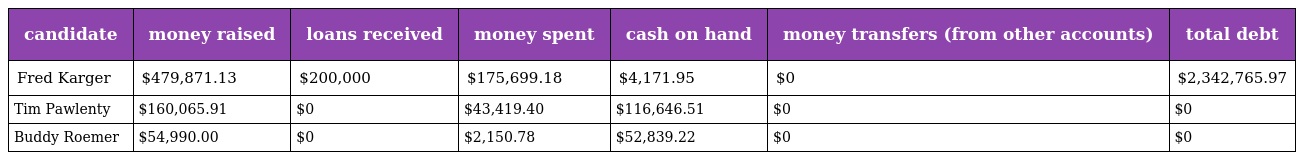
| candidate | money raised | loans received | money spent | cash on hand | money transfers (from other accounts) | total debt |
 | --- | --- | --- | --- | --- | --- | --- |
 | Fred Karger | $479,871.13 | $200,000 | $175,699.18 | $4,171.95 | $0 | $2,342,765.97 |
 | Tim Pawlenty | $160,065.91 | $0 | $43,419.40 | $116,646.51 | $0 | $0 |
 | Buddy Roemer | $54,990.00 | $0 | $2,150.78 | $52,839.22 | $0 | $0 |